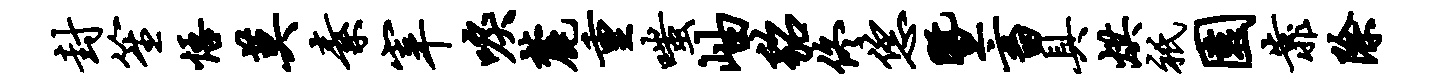
封笙悟莫素宰唳麓重嗤岫貂佟恁暨畜具烘只园靠除